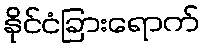
နိုင်ငံခြားရောက်